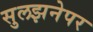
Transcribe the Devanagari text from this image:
सुलझनेपर